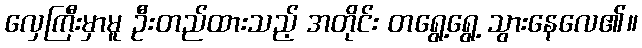
လှေကြီးမှာမူ ဦးတည်ထားသည့် အတိုင်း တရွေ့ရွေ့ သွားနေလေ၏။